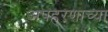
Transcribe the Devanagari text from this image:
अपहरणाच्या